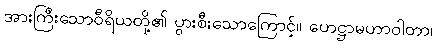
အားကြီးသောဝီရိယတို့၏ ပွားစီးသောကြောင့်။ ဟေဋ္ဌာမဟာဝါတာ၊